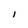
Character: I